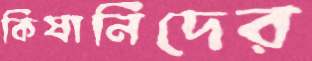
কিষানিদের